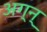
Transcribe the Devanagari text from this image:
अग्न्